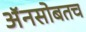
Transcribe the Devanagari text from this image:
अॅनसोबतच